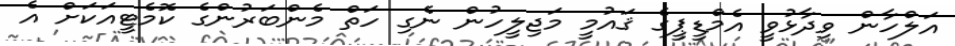
އަލްހާން ވިދާޅުވީ އެމްޑީޕީގެ ޤައުމީ މަޖިލީހުން ނެގި ހަތް މެންބަރުންގެ ކޮމެޓީއަކަށް އެ